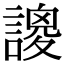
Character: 𧫝